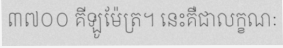
៣៧០០ គីឡូម៉ែត្រ។ នេះគឺជាលក្ខណៈ